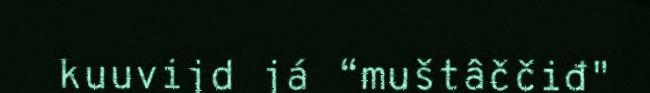
kuuvijd já “muštâččiđ"